Leaving Certificate Examination (including Day School Certificate (Higher) General paper), 1929
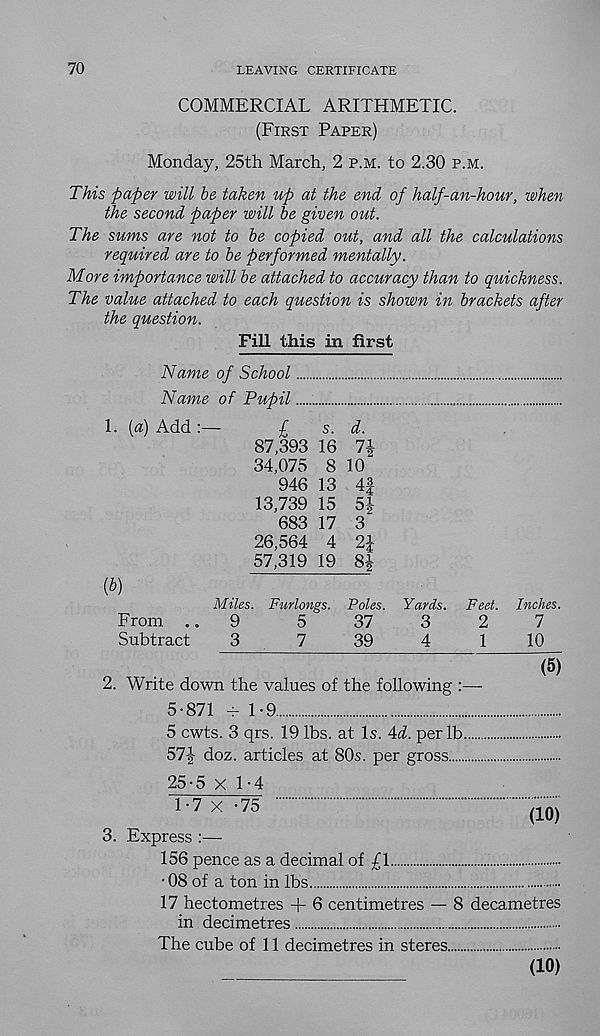
70
LEAVING CERTIFICATE
COMMERCIAL ARITHMETIC.
(First Paper)
Monday, 25th March, 2 p.m. to 2.30 p.m.
This paper will be taken up at the end of half-an-hour, when
the second paper will be given out.
The sums are not to be copied out, and all the calculations
required are to be performed mentally.
More importance will be attached to accuracy than to quickness.
The value attached to each question is shown in brackets after
the question.
Fill this in first
Name of School
Name of Pupil
1. [a) Add:—
£
s. d.
87,393 16 71
34,075 8 10
946 13 4f
13,739 15 5i
683 17 3"
26,564 4 2i
57,319 19 8i
(b)
Miles. Furlongs. Poles. Yards. Feet. Inches.
From ..
9
5
37
3
2
7
Subtract
3
7
39
4
1
10
(5)
2. Write down the values of the following
5-871 - 1-9
5 cwts. 3 qrs. 19 lbs. at Is. Ad. per lb
57| doz. articles at 80s. per gross
3.
25-5 x 1-4
1-7 x -75
(10)
Express :—
156 pence as a decimal of £1
•08 of a ton in lbs
17 hectometres + 6 centimetres — 8 decametres
in decimetres
The cube of 11 decimetres in steres
(10)